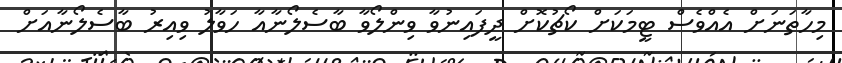
މިހާތަނަށް އެއްވެސް ޓީމަކަށް ކޯޗުކޮށް ދީފައިނުވާ ވިންލޯވާ ބާސެލޯނާއާ ހަވާލު ވިއިރު ބާސެލޯނާއަށް